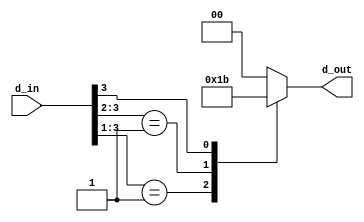
module pr_encode(d_in,d_out);
input [3:0]d_in;
output reg [1:0]d_out;
always @(*)
	begin
		casex(d_in)
			4'b0001   : d_out		<=2'b00;
			4'b001x   : d_out		<=2'b01;
			4'b01xx   : d_out		<=2'b10;
			4'b1xxx   : d_out		<=2'b11;
			default   : d_out		<=2'b00;
		endcase
	end
endmodule